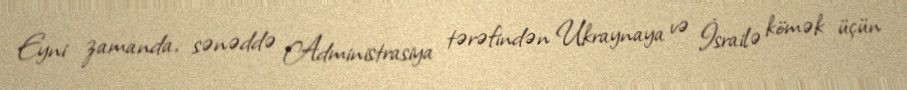
Eyni zamanda, sənəddə Administrasiya tərəfindən Ukraynaya və İsrailə kömək üçün